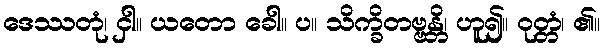
ဒေဿတုံ၊ ငှါ။ ယတော ခေါ။ ပ။ သိက္ခိတဗ္ဗန္တိ၊ ဟူ၍။ ဝုတ္တံ၊ ၏။